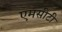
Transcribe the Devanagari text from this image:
एमसीटी